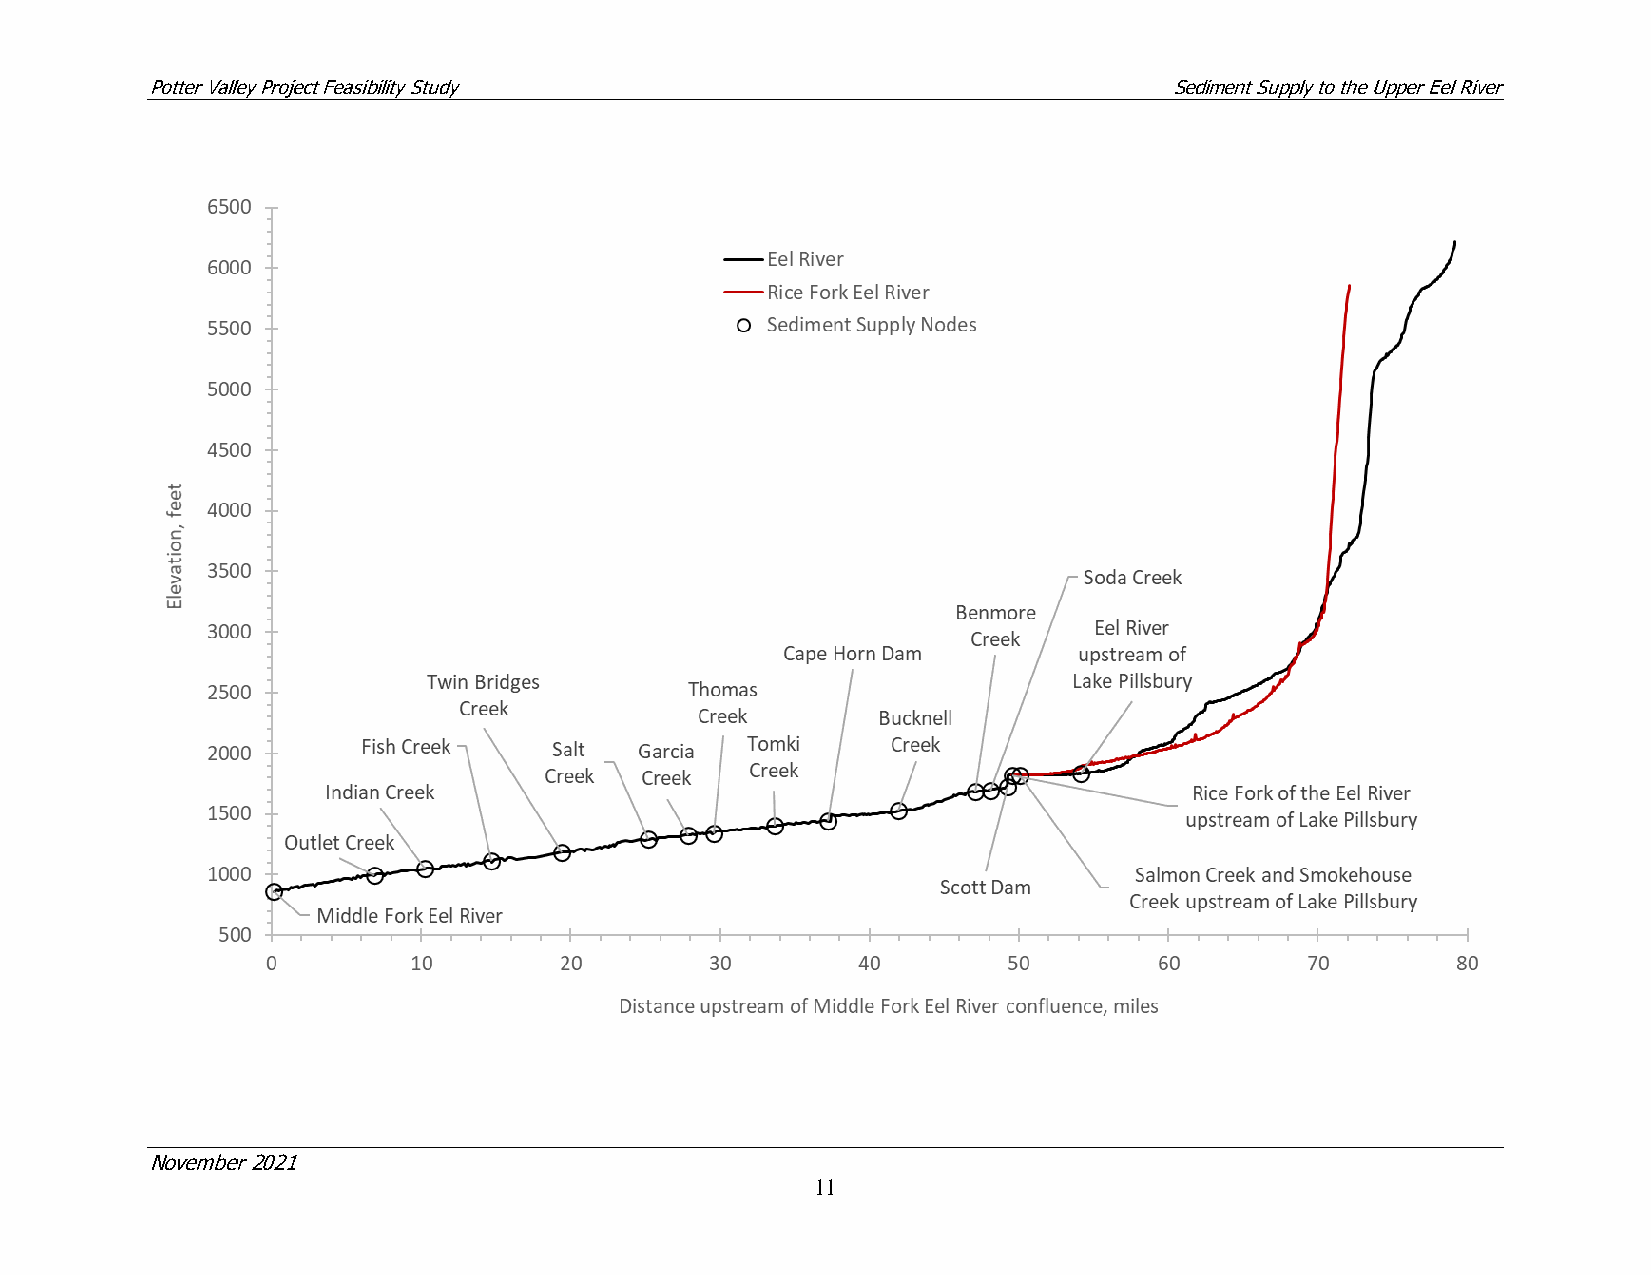
Potter Valley Project Feasibility Study                            Sediment Supply to the Upper Eel River
 November 2021
 11